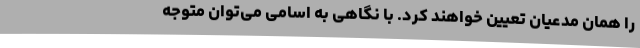
را همان مدعیان تعیین خواهند کرد. با نگاهی به اسامی می‌توان متوجه